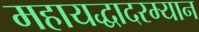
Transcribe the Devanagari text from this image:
महायद्धादरम्यान